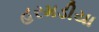
હરમડીયા